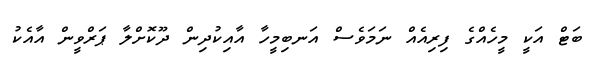
ބަޓް އަކީ މީހެއްގެ ފިރިއެއް ނަމަވެސް އަނބިމީހާ އާއިކުދިން ދޫކޮށްލާ ޕަރްވީން އާއެކު